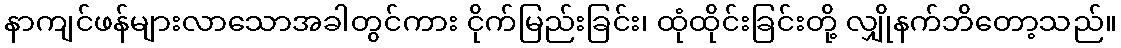
နာကျင်ဖန်များလာသောအခါတွင်ကား ငိုက်မြည်းခြင်း၊ ထုံထိုင်းခြင်းတို့ လျှိုနက်ဘိတော့သည်။